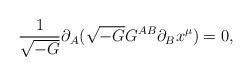
LaTeX: \begin{align*}\frac{1}{\sqrt{-G}}\partial_A(\sqrt{-G}G^{AB}\partial_B x^\mu)=0,\end{align*}